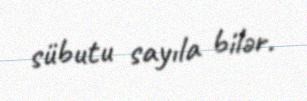
sübutu sayıla bilər.